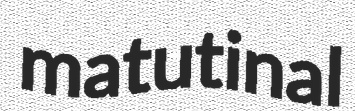
matutinal